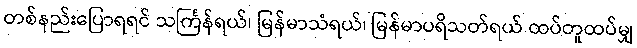
တစ်နည်းပြောရရင် သင်္ကြန်ရယ်၊ မြန်မာသံရယ်၊ မြန်မာပရိသတ်ရယ် ထပ်တူထပ်မျှ